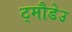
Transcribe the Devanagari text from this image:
ट्मौडेउ